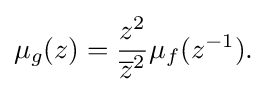
\displaystyle {\mu _{g}(z)={z^{2} \over {\overline {z}}^{2}}\mu _{f}(z^{-1}).}